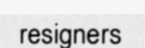
resigners